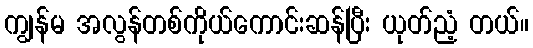
ကျွန်မ အလွန်တစ်ကိုယ်ကောင်းဆန်ပြီး ယုတ်ညံ့ တယ်။